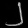
Digit: ၂